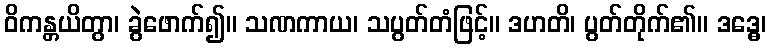
ဝိကန္တယိတွာ၊ ခွဲဖောက်၍။ သဏကာယ၊ သပွတ်တံဖြင့်။ ဒဟတိ၊ ပွတ်တိုက်၏။ ဒဒ္ဓေ၊